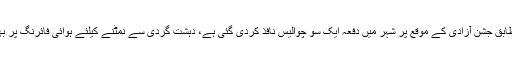
پولیس کے ترجمان کے مطابق جشن آزادی کے موقع پر شہر میں دفعہ ایک سو چوالیس نافذ کردی گئی ہے، دہشت گردی سے نمٹنے کیلئے ہوائی فائرنگ پر بھی پابندی عائد کردی گئی۔